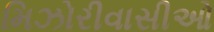
મિઝોરીવાસીઓ